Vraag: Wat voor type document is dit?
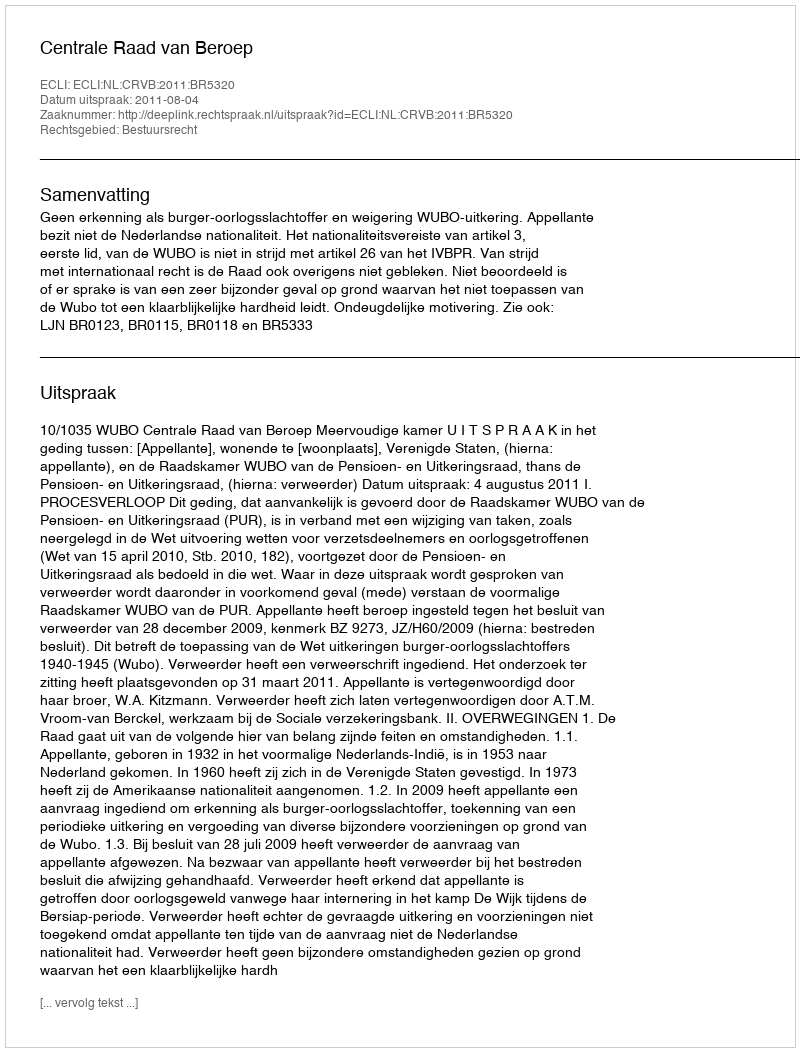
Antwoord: Uitspraak